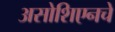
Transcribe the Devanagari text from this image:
असोशिएनचे